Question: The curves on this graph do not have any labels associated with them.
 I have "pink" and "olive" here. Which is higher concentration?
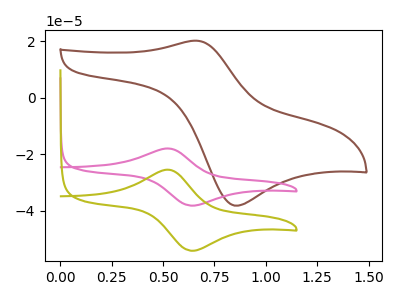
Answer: <think>The brown curve "brown" has an anodic peak at (0.65V, 20.15uA) and a cathodic peak at (0.85V, -38.10uA). The pink curve "pink" has an anodic peak at (0.50V, -17.90uA) and a cathodic peak at (0.65V, -38.10uA). The olive curve "olive" has an anodic peak at (0.50V, -25.40uA) and a cathodic peak at (0.65V, -54.00uA).
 All the peaks in "pink" have a peak in "olive" at the same potential.</think>
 <answer>I cant tell if "pink" or "olive" has higher concentration.</answer>
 <eval>mixed_concentration</eval>